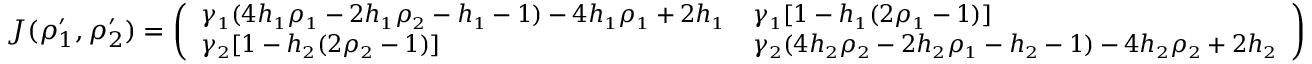
\small J ( \rho _ { 1 } ^ { \prime } , \rho _ { 2 } ^ { \prime } ) = \left( \begin{array} { l l } { \gamma _ { 1 } ( 4 h _ { 1 } \rho _ { 1 } - 2 h _ { 1 } \rho _ { 2 } - h _ { 1 } - 1 ) - 4 h _ { 1 } \rho _ { 1 } + 2 h _ { 1 } } & { \gamma _ { 1 } [ 1 - h _ { 1 } ( 2 \rho _ { 1 } - 1 ) ] } \\ { \gamma _ { 2 } [ 1 - h _ { 2 } ( 2 \rho _ { 2 } - 1 ) ] } & { \gamma _ { 2 } ( 4 h _ { 2 } \rho _ { 2 } - 2 h _ { 2 } \rho _ { 1 } - h _ { 2 } - 1 ) - 4 h _ { 2 } \rho _ { 2 } + 2 h _ { 2 } } \end{array} \right)